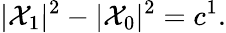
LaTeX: |{\cal X}_{1}|^{2}-|{\cal X}_{0}|^{2}=c^{1}.